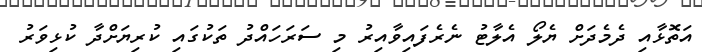
އަތޮޅާއި ދެމެދަށް ޔެލޯ އެލާޓު ނެރެފައިވާއިރު މި ސަރަހައްދު ތަކުގައި ކުރިޔަށްދާ ކުޅިވަރު